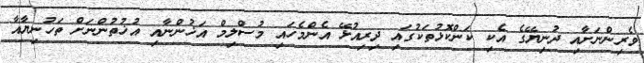
ވެރިންނަށާއި ދުނިޔޭގެ އެކި ކަންކޮޅުތަކުގައި ދިރިއުޅޭ އެންމެހައި މުސްލިމް އަޚުންނާއި އުޚުތުންނަށް ތަހުނިޔާއާ